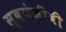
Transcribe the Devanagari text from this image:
स्वयंजीवी